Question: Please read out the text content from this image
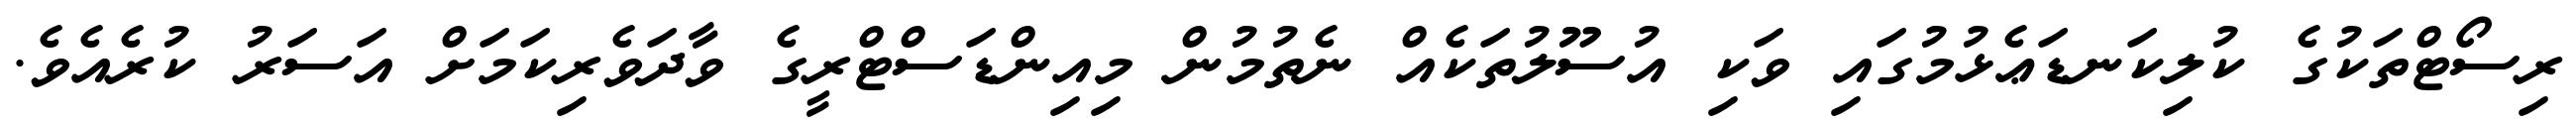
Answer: ރިސޯޓްތަކުގެ ކުލިކަނޑަޢެޅުމުގައި ވަކި އުސޫލުތަކެއް ނެތުމުން މިއިންޑަސްޓްރީގެ ވާދަވެރިކަމަށް އަސަރު ކުރެއެވެ.